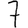
Digit: 7